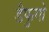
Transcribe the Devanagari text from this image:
डैफुगो